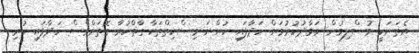
އެތަނަކީ މުސްލިމުން ނަމާދުކުރުމަށް ހަދާފައި ހުންނަ މިސްކިތްތަކާ ގާތްކުރާ ގޮތަށްވެސް ހަދާފައި ހުރި